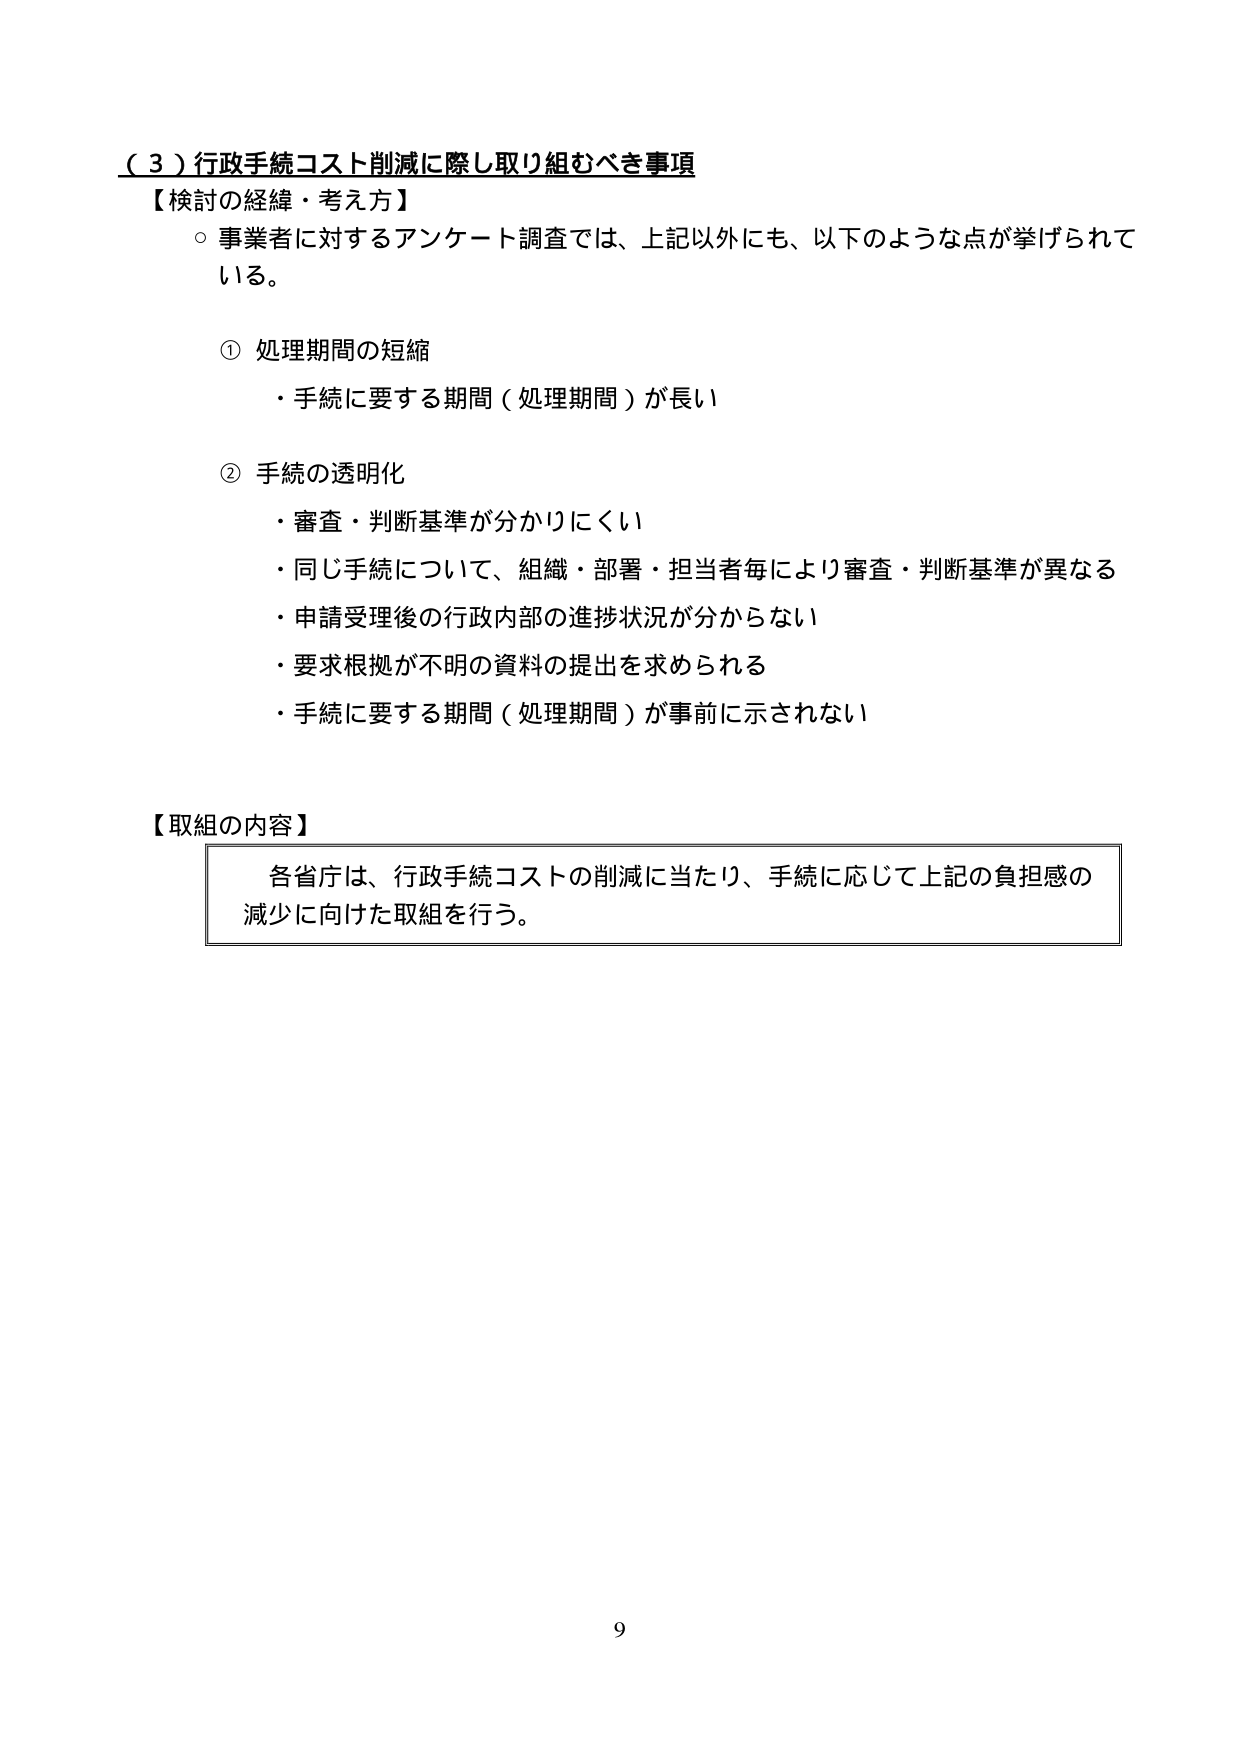
（３）行政手続コスト削減に際し取り組むべき事項
【検討の経緯・考え方】
○ 事業者に対するアンケート調査では、上記以外にも、以下のような点が挙げられている。

① 処理期間の短縮
・手続に要する期間（処理期間）が長い

② 手続の透明化
・審査・判断基準が分かりにくい
・同じ手続について、組織・部署・担当者毎により審査・判断基準が異なる
・申請受理後の行政内部の進捗状況が分からない
・要求根拠が不明の資料の提出を求められる
・手続に要する期間（処理期間）が事前に示されない

【取組の内容】
各省庁は、行政手続コストの削減に当たり、手続に応じて上記の負担感の減少に向けた取組を行う。

9